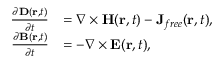
\begin{array} { r l } { \frac { \partial \boldsymbol { \mathbf { D } } ( \boldsymbol { \mathbf { r } } , t ) } { \partial t } } & { = \nabla \times \boldsymbol { \mathbf { H } } ( \boldsymbol { \mathbf { r } } , t ) - \mathbf { J } _ { { f r e e } } ( \boldsymbol { \mathbf { r } } , t ) , } \\ { \frac { \partial \boldsymbol { \mathbf { B } } ( \boldsymbol { \mathbf { r } } , t ) } { \partial t } } & { = - \nabla \times \boldsymbol { \mathbf { E } } ( \boldsymbol { \mathbf { r } } , t ) , } \end{array}